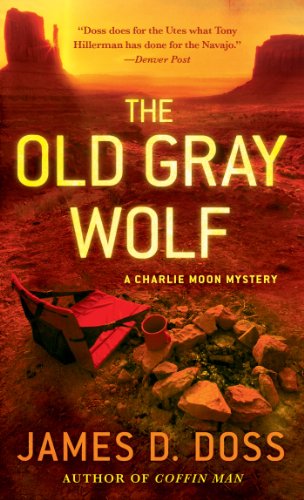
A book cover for The Old Gray Wolf (Charlie Moon Mysteries); James D. Doss; Literature & Fiction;